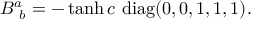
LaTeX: B _ { ~ b } ^ { a } = - \operatorname { t a n h } c \ \mathrm { d i a g } ( 0 , 0 , 1 , 1 , 1 ) .